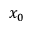
x _ { 0 }